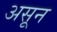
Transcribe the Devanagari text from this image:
असून